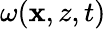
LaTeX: \omega(\mathbf{x},z,t)